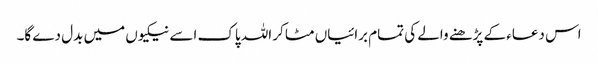
اس دعاء کے پڑھنے والے کی تمام برائیاں مٹا کر اللہ پاک اسے نیکیوں میں بدل دے گا۔